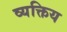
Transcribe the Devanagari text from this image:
व्यक्तिय